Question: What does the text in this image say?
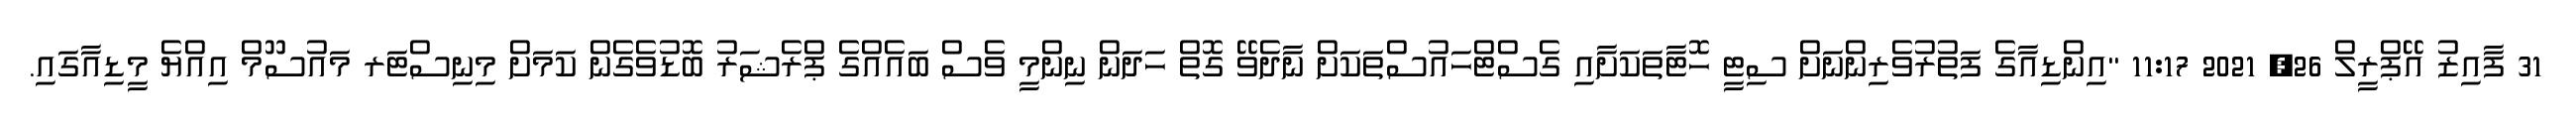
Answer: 31 ފާއިޒު އޭޕްރީލް 26, 2021 11:17 "އިންޑިއާގެ ފަތުރުވެރިންނަށް ސިޓީ ހޮޓާތަކަށާއި ގެސްޓްހައުސްތަކަށް ނާދެވޭ ގޮތް ހަދަން ނިންމީ ވެސް ބައެއްގެ ޕްރެޝަރު ބޮޑުވެގެން ކަމަށް މިނިސްޓަރ މައުސޫމް އިއްޔެ މީޑިއާގައި.